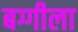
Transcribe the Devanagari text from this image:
बग्गीला